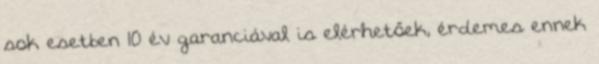
sok esetben 10 év garanciával is elérhetőek, érdemes ennek